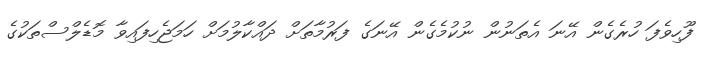
ފޫހިވެފަ ހުރެގެން އޭނަ އެތަނުން ނުކުމެގެން އޭނަގެ ފަރުމާތަށް ދައްކާލުމަށް ހަމަޖެހިފައިވާ މޮޑެލްސްތަކުގެ